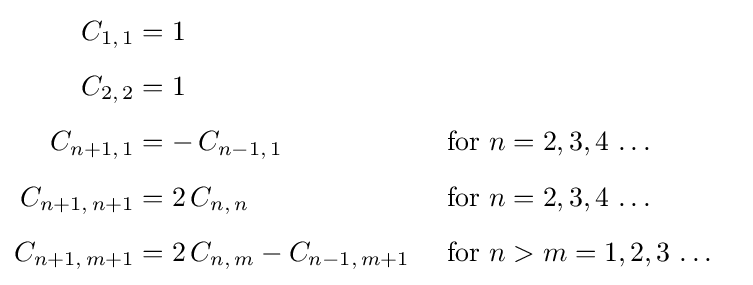
{\begin{aligned}C_{1,\,1}&=1\\[5px]C_{2,\,2}&=1\\[5px]C_{n+1,\,1}&=-\,C_{n-1,\,1}&{\text{ for  }}n&=2,3,4\,\dots \\[5px]C_{n+1,\,n+1}&=2\,C_{n,\,n}&{\text{ for  }}n&=2,3,4\,\dots \\[5px]C_{n+1,\,m+1}&=2\,C_{n,\,m}-C_{n-1,\,m+1}&{\text{ for  }}n&>m=1,2,3\,\dots \end{aligned}}